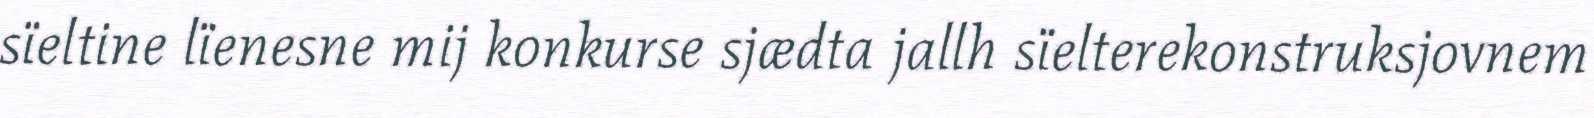
sïeltine lïenesne mij konkurse sjædta jallh sïelterekonstruksjovnem